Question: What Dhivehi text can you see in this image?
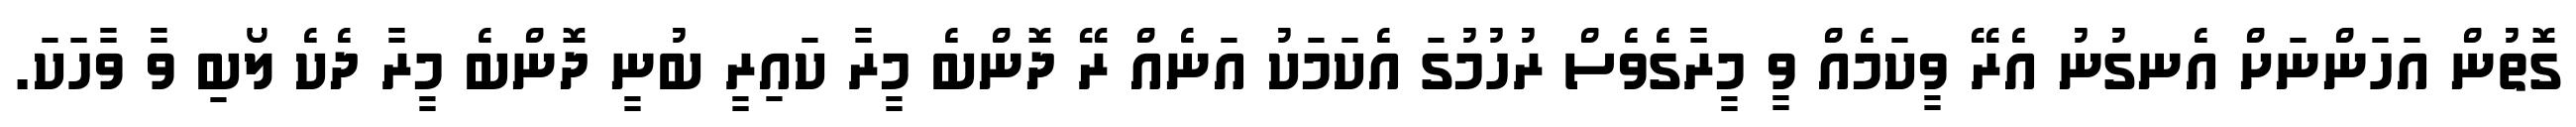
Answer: ގޮތުން އަހަންނަށް އެނގުނު އެރޭ ވީކަމެއް ވީ މީރާގެވެސް ރުހުމުގަ އެކަމަކު އަނެއް ރޭ ދޮންބެ މީރާ ކައިރީ ބުނީ ދޮންބެ މީރާ ދެކެ ލޯބި ވާ ވާހަކަ.